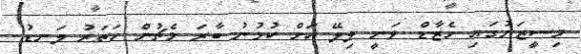
މިސީޒަނުގައި ހެޒާޑް ވަނީ ލިލޭ އަށް ކުޅުނު ބާރަ މެޗުން ހަތަރު ލަނޑު